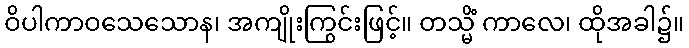
ဝိပါကာဝသေသောန၊ အကျိုးကြွင်းဖြင့်။ တသ္မိံ ကာလေ၊ ထိုအခါ၌။